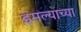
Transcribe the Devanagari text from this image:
इमल्याच्या